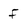
Character: f